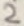
Text: 2